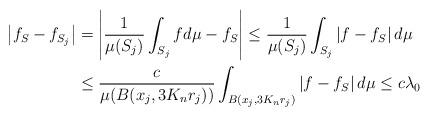
LaTeX: \begin{align*}\left\vert f_{S}-f_{S_{j}}\right\vert & =\left\vert \frac{1}{\mu(S_{j})}\int_{S_{j}}fd\mu-f_{S}\right\vert \leq\frac{1}{\mu(S_{j})}\int_{S_{j}}\left\vert f-f_{S}\right\vert d\mu\\& \leq\frac{c}{\mu(B(x_{j},3K_{n}r_{j}))}\int_{B(x_{j},3K_{n}r_{j})}\left\vert f-f_{S}\right\vert d\mu\leq c\lambda_{0}\end{align*}